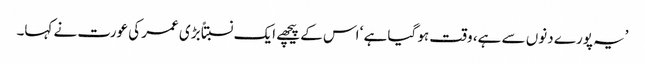
’یہ پورے دنوں سے ہے، وقت ہو گیا ہے ‘ اس کے پیچھے ایک نسبتاً بڑی عمر کی عورت نے کہا۔